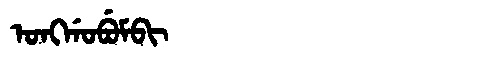
Manchu: ᠣᠩᡤᠣᠪᡠᠮᠪᡳ
Romanization: ONGGOBUMBI